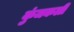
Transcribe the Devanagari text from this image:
कुंजकली